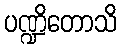
ပဏ္ဍိတောသိ